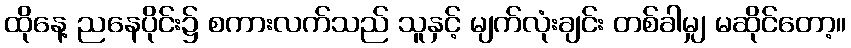
ထိုနေ့ ညနေပိုင်း၌ စကားလက်သည် သူနှင့် မျက်လုံးချင်း တစ်ခါမျှ မဆိုင်တော့။